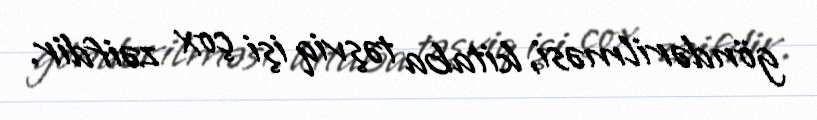
göndərilməsi, kitaba təşviq işi çox zəifdir.